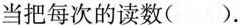
当把每次的读数( ).